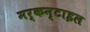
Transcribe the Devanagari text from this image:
मर्कन्टाइल